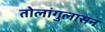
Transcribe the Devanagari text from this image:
तोलांगुलासन